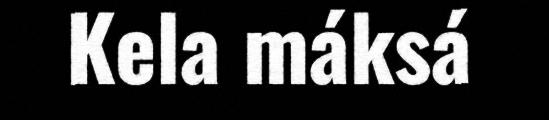
Kela máksá